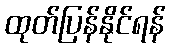
ထုတ်ပြန်နိုင်ရန်